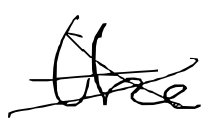
Text: the
Cross-out: cross
Writing tool: digital_black